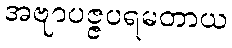
အဗျာပဇ္ဇပရမတာယ